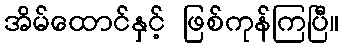
အိမ်ထောင်နှင့် ဖြစ်ကုန်ကြပြီ။